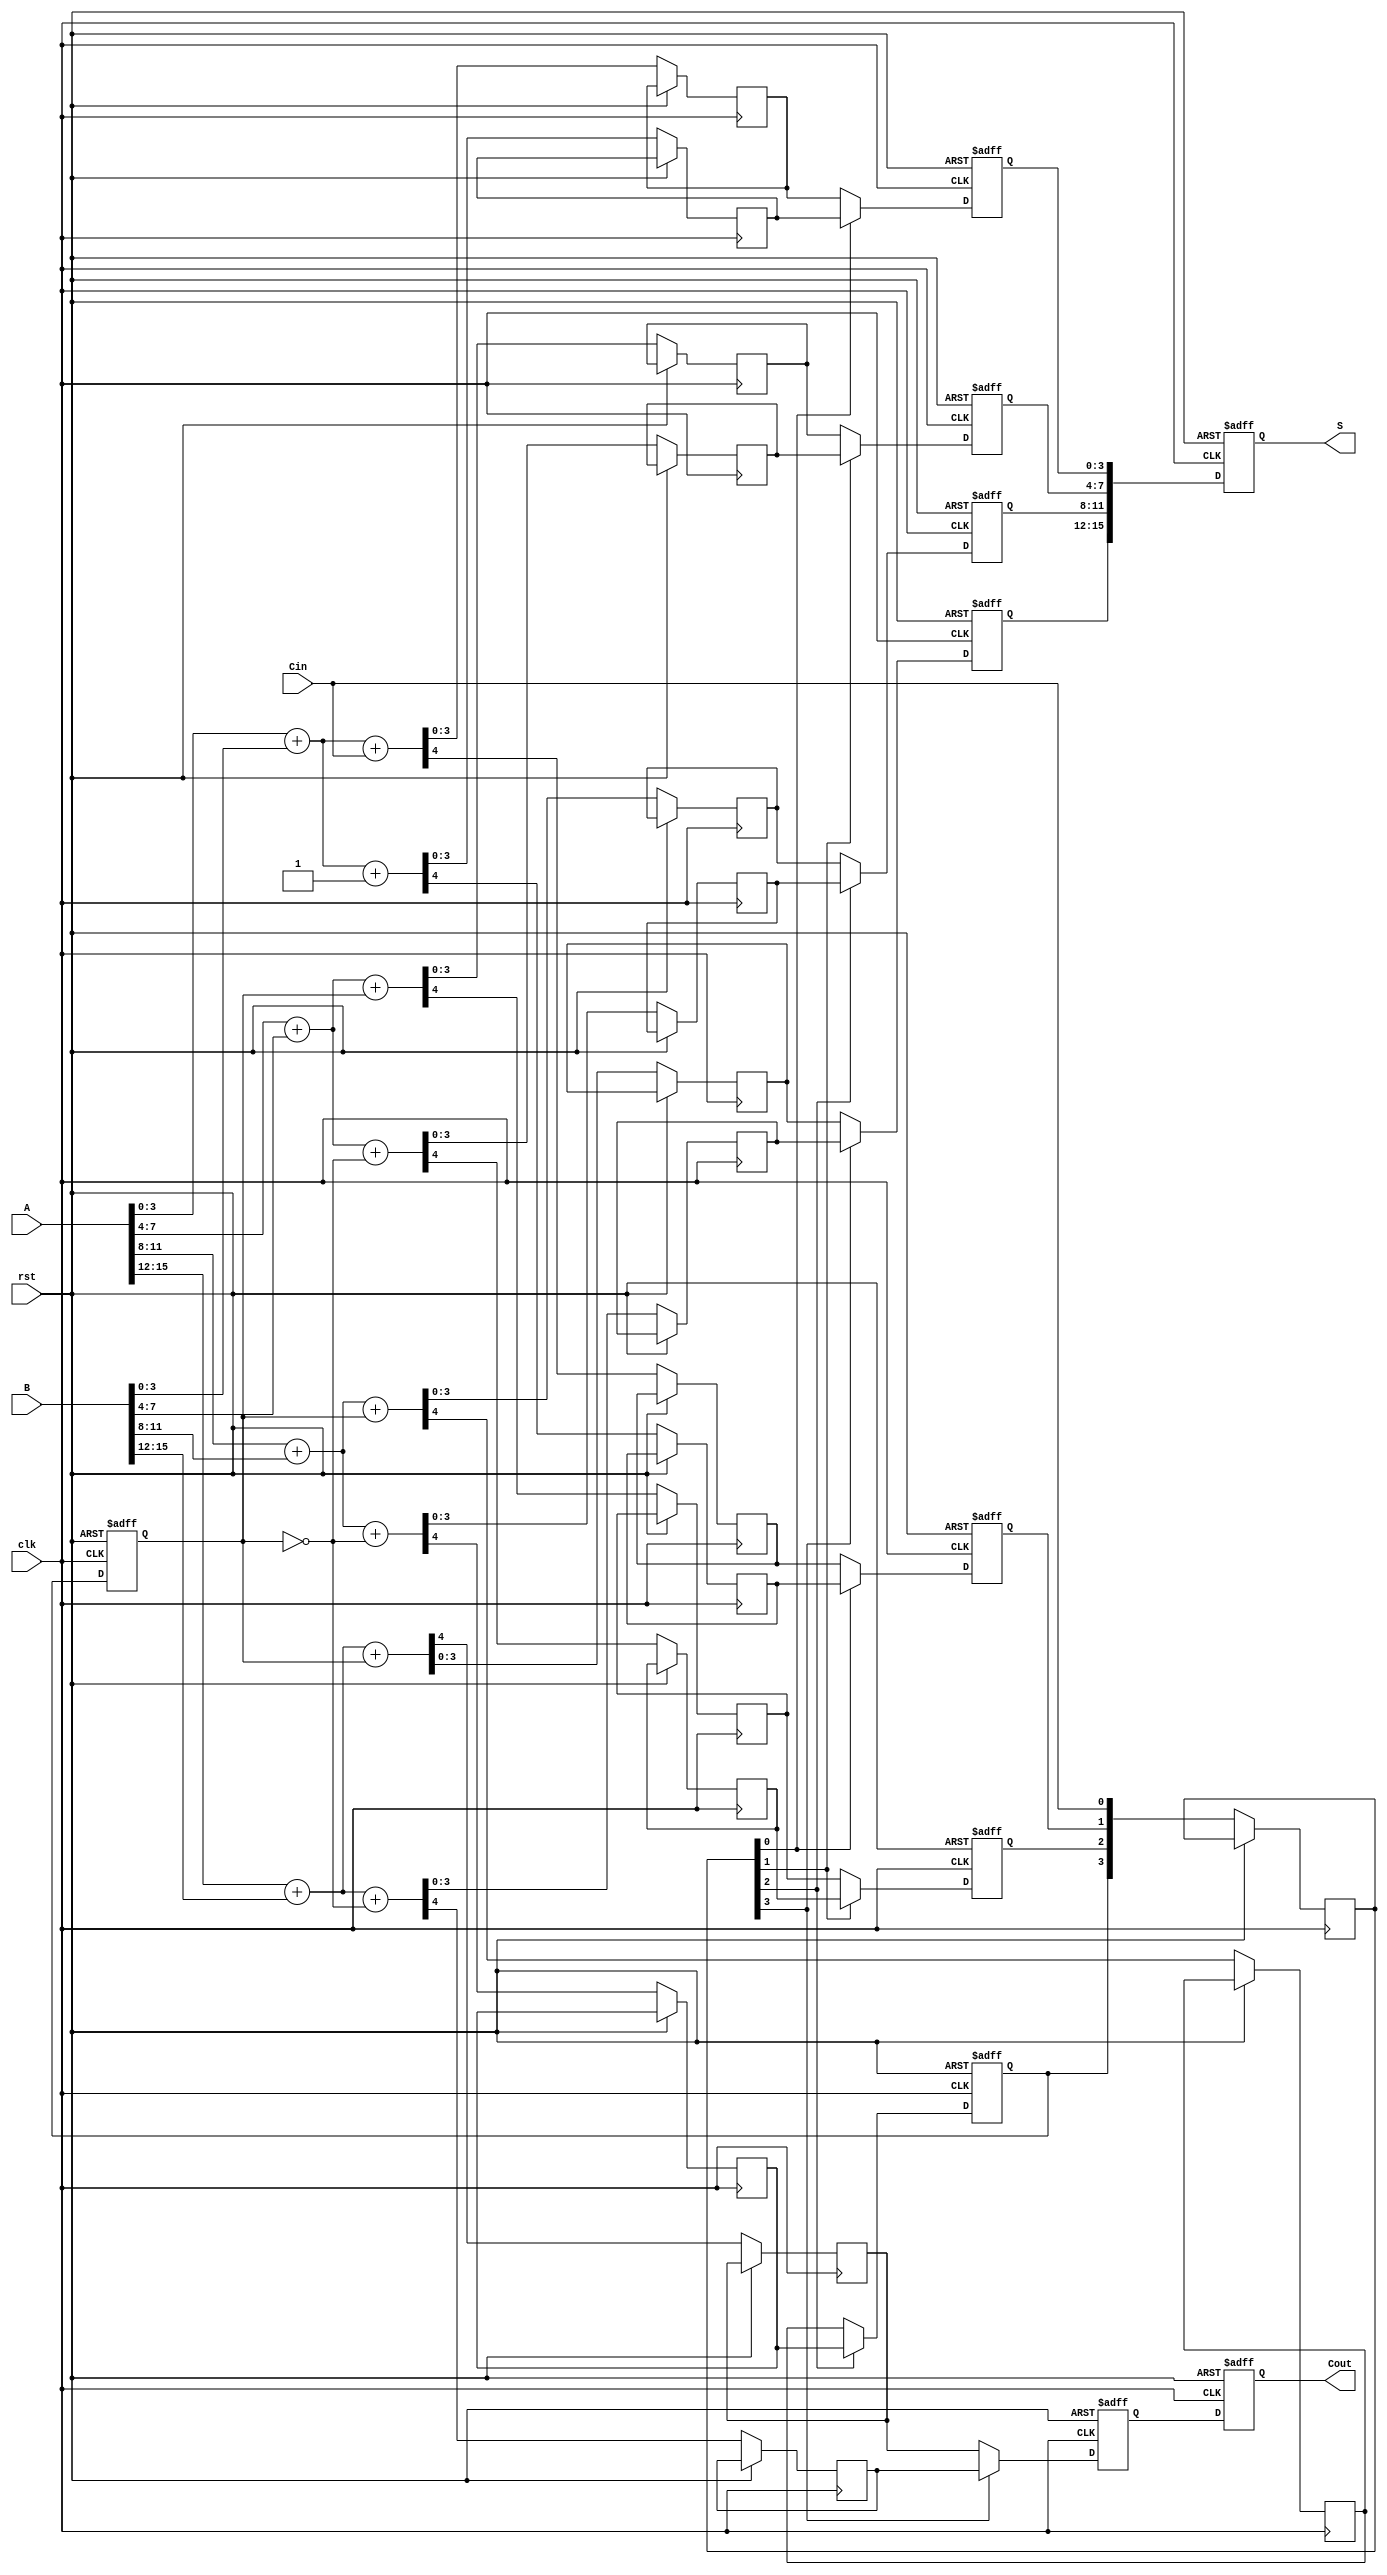
module Pipelined_Carry_Select_Adder #(parameter n = 16, parameter m = 4) (
    input [n-1:0] A,
    input [n-1:0] B,
    input Cin,
    input clk,
    input rst,
    output reg [n-1:0] S,
    output reg Cout
);

    // Number of segments
    localparam num_segments = n / m;

    // Intermediate registers for sum and carry
    reg [m-1:0] S0 [0:num_segments-1];
    reg [m-1:0] S1 [0:num_segments-1];
    reg Cout0 [0:num_segments-1];
    reg Cout1 [0:num_segments-1];
    reg [num_segments-1:0] carry;

    // Pipeline registers
    reg [m-1:0] S_reg [0:num_segments-1];
    reg Cout_reg [0:num_segments-1];
    reg carry_in;
    
    integer i;

    // Carry Select Logic
    always @(posedge clk or posedge rst) begin
        if (rst) begin
            for (i = 0; i < num_segments; i = i + 1) begin
                S_reg[i] <= 0;
                Cout_reg[i] <= 0;
            end
            S <= 0;
            Cout <= 0;
            carry_in <= 0;
        end else begin
            // First segment addition
            {Cout0[0], S0[0]} <= A[m-1:0] + B[m-1:0] + Cin;
            {Cout1[0], S1[0]} <= A[m-1:0] + B[m-1:0] + 1'b1;

            // Subsequent segments
            for (i = 1; i < num_segments; i = i + 1) begin
                carry_in <= Cout_reg[i-1]; // carry from previous segment
                {Cout0[i], S0[i]} <= A[m*i +: m] + B[m*i +: m] + carry_in;
                {Cout1[i], S1[i]} <= A[m*i +: m] + B[m*i +: m] + (carry_in ^ 1'b1);
            end

            // Carry selection logic
            carry[0] <= Cin;
            for (i = 1; i < num_segments; i = i + 1) begin
                carry[i] <= Cout_reg[i-1];
            end

            // MUX for final sum and carry out
            for (i = 0; i < num_segments; i = i + 1) begin
                S_reg[i] <= carry[i] ? S1[i] : S0[i];
                Cout_reg[i] <= carry[i] ? Cout1[i] : Cout0[i];
            end

            // Final output
            S <= {S_reg[num_segments-1], S_reg[num_segments-2], S_reg[num_segments-3], S_reg[num_segments-4]};
            Cout <= Cout_reg[num_segments-1];
        end
    end

endmodule